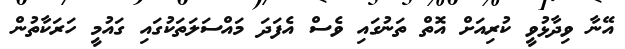
އޭނާ ވިދާޅުވީ ކުރިއަށް އޮތް ތަނުގައި ވެސް އެފަދަ މައްސަލަތަކުގައި ގައުމީ ހަރަކާތުން